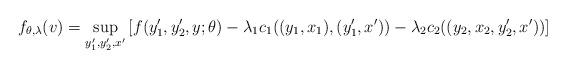
LaTeX: \begin{align*}f_{\theta, \lambda} (v) & = \sup_{y_1', y_2', x'}\left[f(y_1', y_2', y; \theta) - \lambda_1 c_1((y_1, x_1), (y_1', x')) - \lambda_2 c_2((y_2, x_2, y_2', x')) \right]\end{align*}